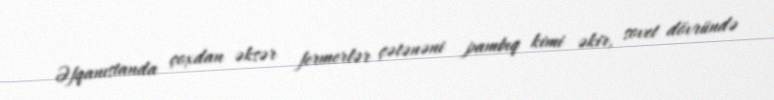
Əfqanıstanda çoxdan əksər fermerlər çətənəni pambıq kimi əkir, sovet dövründə